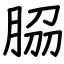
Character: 𦚰